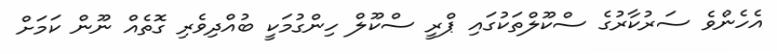
އެހެންވެ ސަރުކާރުގެ ސްކޫލްތަކުގައި ޕްރީ ސްކޫލް ހިންގުމަކީ ބުއްދިވެރި ގޮތެއް ނޫން ކަމަށް